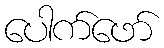
ပေါက်ဖော်